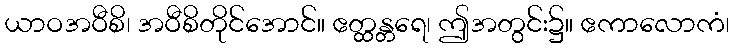
ယာဝအဝီစိ၊ အဝီစိတိုင်အောင်။ ဧတ္ထန္တရေ၊ ဤအတွင်း၌။ ဧကာလောကံ၊